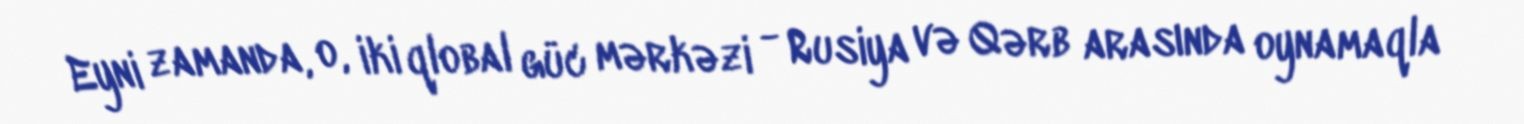
Eyni zamanda, o, iki qlobal güc mərkəzi - Rusiya və Qərb arasında oynamaqla